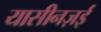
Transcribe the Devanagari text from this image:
यासीनज़ई